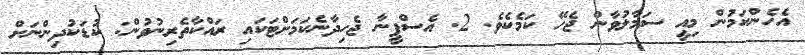
އެހެންކަމުން މިއީ ސަމާލުވާން ޖެހޭ ކަމެކެވެ. 2. އެސްފީނާ ޖެހިދާނެކަމަށްޓަކައި ރައްކާތެރިނުވުން: ކުޑަކުދިންނަށް